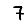
Digit: 7